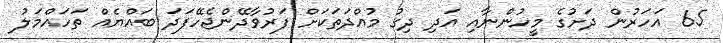
65 އަހަރުން ދަށުގެ މީހުންނާއި އަދި ދިގު މުއްދަތަކަށް ފަރުވާދޭންޖެހޭފަދަ ބައްޔެއް ތަހައްމަލު